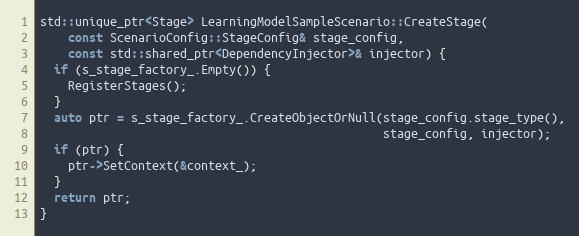
Language: C++
std::unique_ptr<Stage> LearningModelSampleScenario::CreateStage(
    const ScenarioConfig::StageConfig& stage_config,
    const std::shared_ptr<DependencyInjector>& injector) {
  if (s_stage_factory_.Empty()) {
    RegisterStages();
  }
  auto ptr = s_stage_factory_.CreateObjectOrNull(stage_config.stage_type(),
                                                 stage_config, injector);
  if (ptr) {
    ptr->SetContext(&context_);
  }
  return ptr;
}